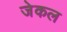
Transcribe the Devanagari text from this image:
जेकल